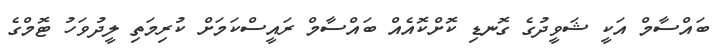
ބައްސާމް އަކީ ޝަވީދުގެ ގޮނޑި ކޮށްކޮއެއް ބައްސާމް ރައީސްކަމަށް ކުރިމަތި ލީދުވަހު ޓޮމްގެ